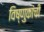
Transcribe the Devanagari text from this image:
विष्णुकांची